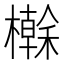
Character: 𭬕